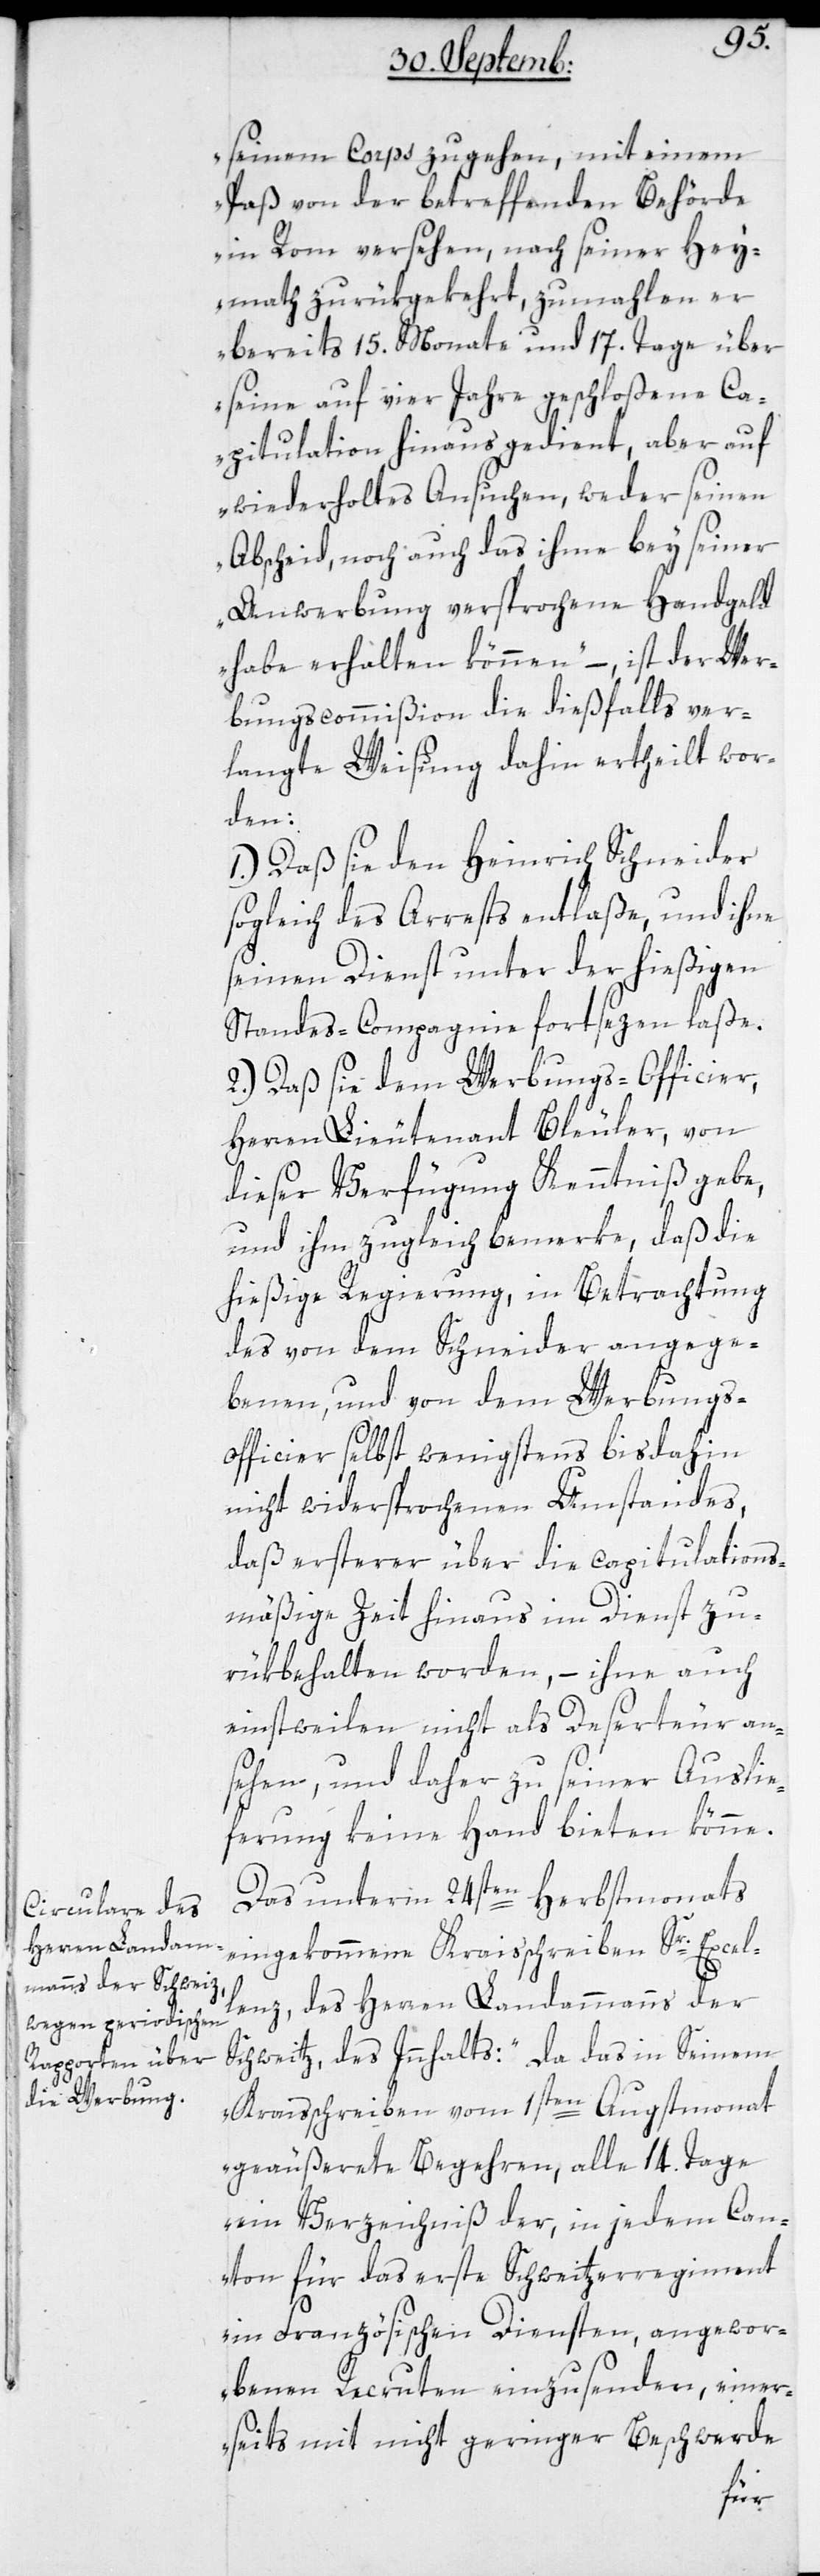
seinem Corps zu gehen, mit einem
Paß von der betreffenden Behörde
in Rom versehen, nach seiner Hey¬
math zurükgekehrt, zumahlen er
bereits 15. Monate und 17. Tage über
seine auf vier Jahre geschloßene Ca¬
pitulation hinaus gedient, aber auf
wiederholtes Ansuchen, weder seinen
Abscheid noch auch das ihme bey seiner
Anwerbung versprochene Handgeld
habe erhalten können,“ – ist der Wer¬
bungscommißion die dießfalls ver¬
langte Weisung dahin ertheilt wor¬
den:
1.) Daß sie den Heinrich Schneider
sogleich des Arrests entlaße, und ihme
seinen Dienst unter der hießigen
Standes-Compagnie fortsezen laße.
2.) Daß sie dem Werbungs-Officier,
Herren Lieutenant Bleuler, von
dieser Verfügung Kenntniß gebe,
und ihm zugleich bemerke, daß die
hießige Regierung, in Betrachtung
des von dem Schneider angege¬
benen, und von dem Werbungs¬
officier selbst wenigstens bis dahin
nicht widersprochenen Umstandes,
daß ersterer über die capitulations¬
mäßige Zeit hinaus im Dienst zu¬
rükbehalten worden, – ihne auch
einstweilen nicht als Deserteur an¬
sehen, und daher zu seiner Auslie¬
ferung keine Hand bieten könne.
Das unterm 24sten Herbstmonats
eingekommene Kraisschreiben Sr Excel¬
lenz des Herren Landammanns der
Schweitz, des Innhalts: „da das in Seinem
Kraisschreiben vom 1sten Augstmonat
geäußerete Begehren, alle 14. Tage
ein Verzeichniß der in jedem Can¬
ton für das erste Schweitzerregiment
in Französischen Diensten, angewor¬
benen Recruten einzusenden, einer¬
seits mit nicht geringer Beschwerde